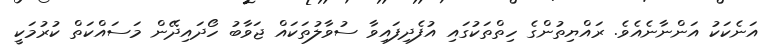
އަނެކަކު އަންނާނެއެވެ. ރައްޔިތުންގެ ހިތްތަކުގައި އުފެދިފައިވާ ސުވާލުތަކައް ޖަވާބު ހޯދައިދޭން މަސައްކަތް ކުރުމަކީ